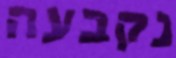
נקבעה